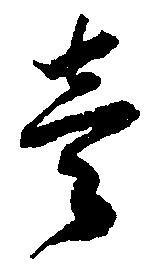
壱